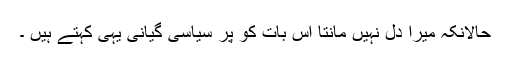
حالانکہ میرا دل نہیں مانتا اس بات کو پر سیاسی گیانی یہی کہتے ہیں ۔